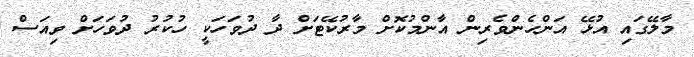
މާލޭގައި އުޅޭ އަންހެންވެރިން އާންމުކޮށް މާރުކޭޓަށް ދާ ދުވަހަކީ ހުކުރު ދުވަހަށް ވިއަސް